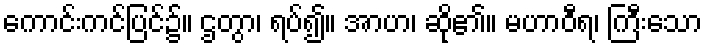
ကောင်းကင်ပြင်၌။ ဌတွာ၊ ရပ်၍။ အာဟ၊ ဆို၏။ မဟာဝီရ၊ ကြီးသော